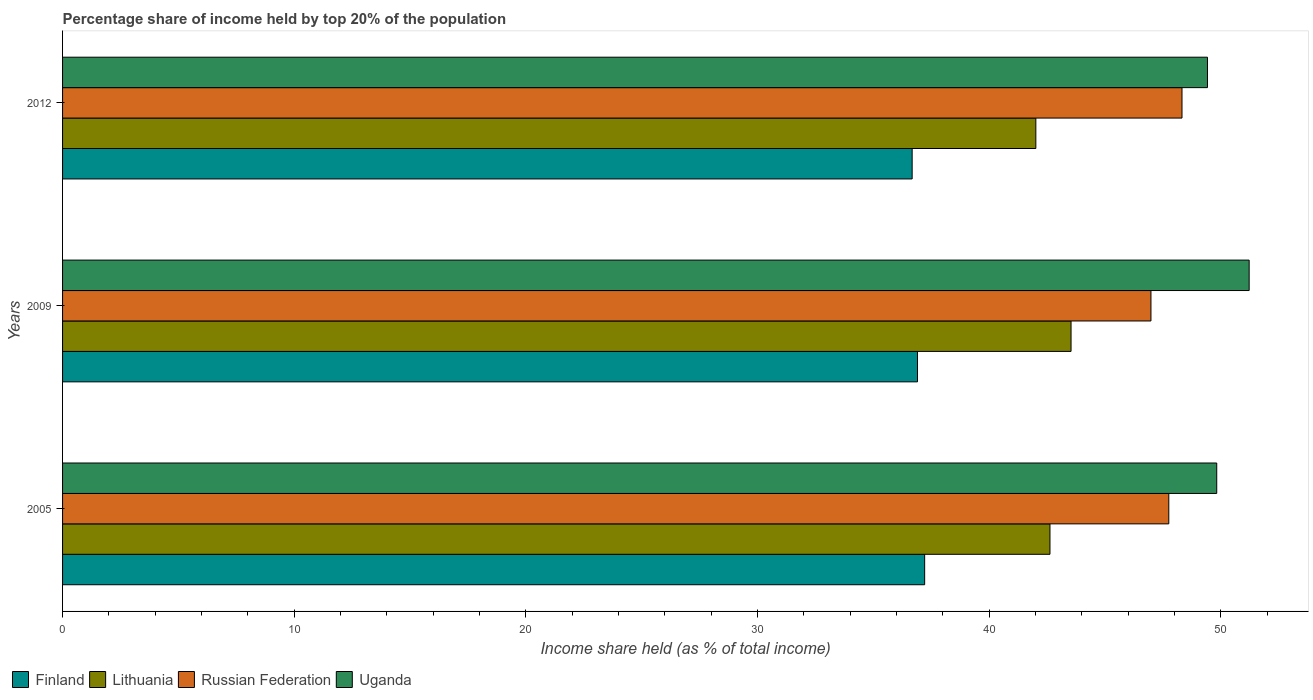
| Years | Finland | Lithuania | Russian Federation | Uganda |
 | --- | --- | --- | --- | --- |
 | 2005 | 37.2 | 42.6 | 47.8 | 49.8 |
 | 2009 | 36.9 | 43.5 | 47 | 51.2 |
 | 2012 | 36.7 | 42 | 48.3 | 49.4 |